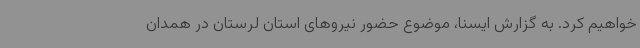
خواهیم کرد. به گزارش ایسنا، موضوع حضور نیروهای استان لرستان در همدان